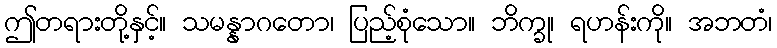
ဤတရားတို့နှင့်။ သမန္နာဂတော၊ ပြည့်စုံသော။ ဘိက္ခု၊ ရဟန်းကို။ အဘတံ၊